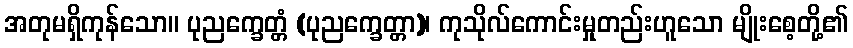
အတုမရှိကုန်သော။ ပုညက္ခေတ္တံ (ပုညက္ခေတ္တာ)၊ ကုသိုလ်ကောင်းမှုတည်းဟူသော မျိုးစေ့တို့၏